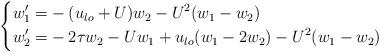
LaTeX: \begin{align*}\left\{ \begin{aligned}w_1' =& -(u_{lo} + U) w_2 - U^2 (w_1-w_2) \\w_2' = & -2 \tau w_2 - U w_1 + u_{lo} (w_1-2w_2) - U^2 (w_1-w_2)\end{aligned}\right.\end{align*}